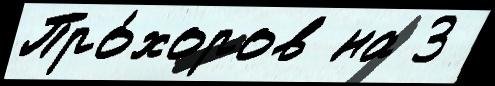
Про́хоров на 3